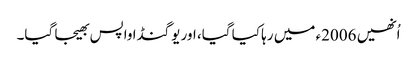
اُنھیں 2006ء میں رہا کیا گیا، اور یوگنڈا واپس بھیجا گیا۔